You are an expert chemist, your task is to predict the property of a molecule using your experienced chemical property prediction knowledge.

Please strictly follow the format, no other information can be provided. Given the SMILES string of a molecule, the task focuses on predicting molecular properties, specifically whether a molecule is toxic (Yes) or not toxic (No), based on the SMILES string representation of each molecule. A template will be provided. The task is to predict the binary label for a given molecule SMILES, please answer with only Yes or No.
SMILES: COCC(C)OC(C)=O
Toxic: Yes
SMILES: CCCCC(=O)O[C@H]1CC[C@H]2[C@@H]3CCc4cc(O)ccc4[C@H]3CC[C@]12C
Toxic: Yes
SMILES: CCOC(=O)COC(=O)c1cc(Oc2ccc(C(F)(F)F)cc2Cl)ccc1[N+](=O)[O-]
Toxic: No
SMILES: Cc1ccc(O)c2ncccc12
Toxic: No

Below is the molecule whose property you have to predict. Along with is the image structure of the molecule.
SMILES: CCCCCCCCS(=O)(=O)[O-]
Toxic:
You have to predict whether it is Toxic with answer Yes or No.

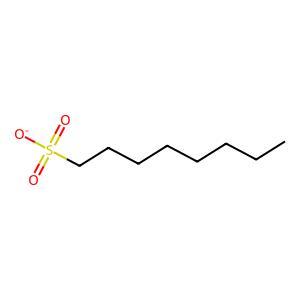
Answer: No